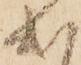
出